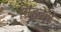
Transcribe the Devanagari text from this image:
सिद्धतेचे